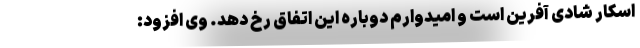
اسکار شادی آفرین است و امیدوارم دوباره این اتفاق رخ دهد. وی افزود: